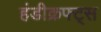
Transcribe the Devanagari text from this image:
हंडीक्रफ्ट्स